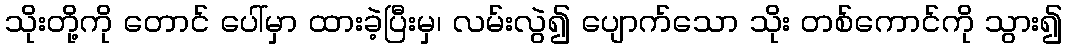
သိုးတို့ကို တောင် ပေါ်မှာ ထားခဲ့ပြီးမှ၊ လမ်းလွဲ၍ ပျောက်သော သိုး တစ်ကောင်ကို သွား၍